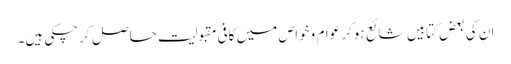
ان کی بعض کتابیں شائع ہوکر عوام وخواص میں کافی مقبولیت حاصل کرچکی ہیں۔